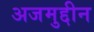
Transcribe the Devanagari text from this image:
अजमुद्दीन